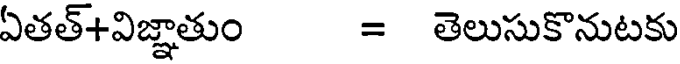
ఏతత్+విజ్ఞాతుం = తెలుసుకొనుటకు